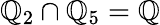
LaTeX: \mathbb{Q}_{2}\cap\mathbb{Q}_{5}=\mathbb{Q}